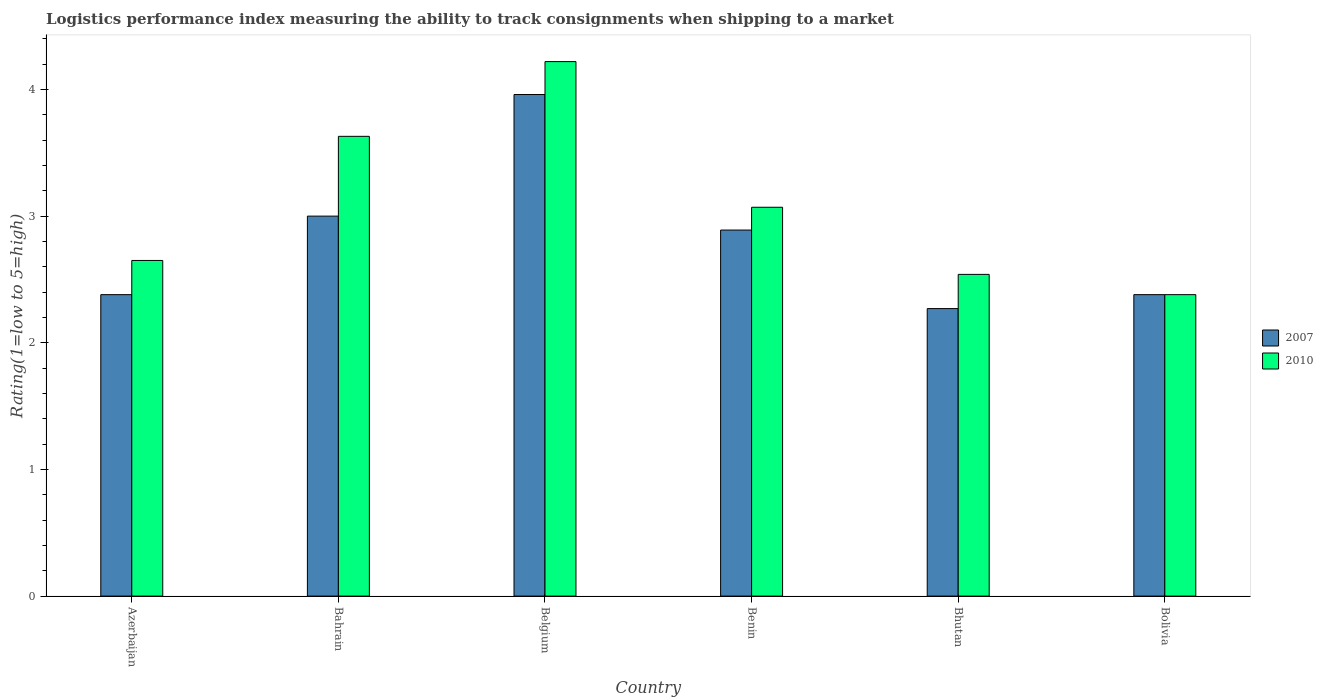
| Country | 2007 | 2010 |
 | --- | --- | --- |
 | Azerbaijan | 2.38 | 2.65 |
 | Bahrain | 3 | 3.63 |
 | Belgium | 3.96 | 4.22 |
 | Benin | 2.89 | 3.07 |
 | Bhutan | 2.27 | 2.54 |
 | Bolivia | 2.38 | 2.38 |